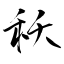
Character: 秗